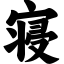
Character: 寝